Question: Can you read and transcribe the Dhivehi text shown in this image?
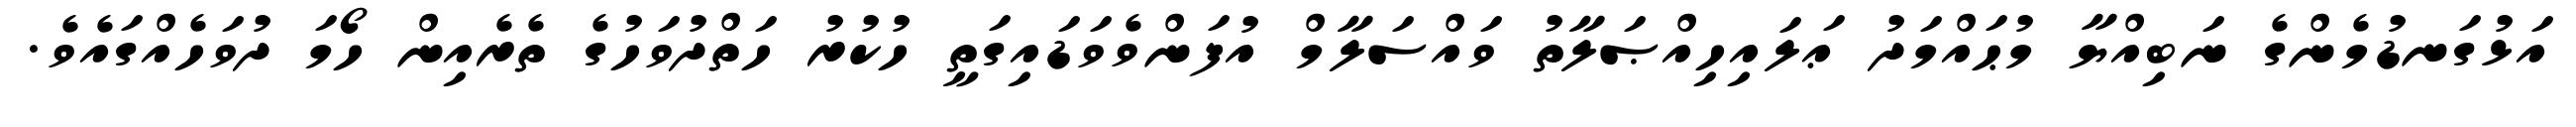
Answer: އަޅުގަނޑުމެންގެ ނަބިއްޔާ މުޙައްމަދު ޢަލައިހިއްޞަލާތު ވައްސަލާމް އުފަންވެވަޑައިގަތީ ހުކުރު ހަތްދުވަހުގެ ތެރެއިން ހޯމަ ދުވަހެއްގައެވެ.